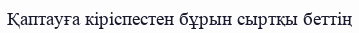
Қаптауға кіріспестен бұрын сыртқы беттің